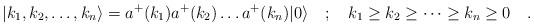
LaTeX: \begin{align*}|k_{1},k_{2},\dots ,k_{n}\rangle =a^{+}(k_{1})a^{+}(k_{2})\dots a^{+}(k_{n})|0\rangle \quad ;\quad k_{1}\geq k_{2}\geq \dots \geq k_{n}\geq 0\quad .\end{align*}